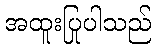
အထူးပြုပါသည်